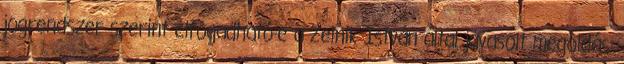
jogrendszer szerint elfogadható-e a Zelnik István által javasolt megoldás.